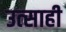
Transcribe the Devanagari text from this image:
उत्‍साही